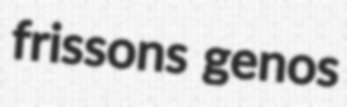
frissons genos